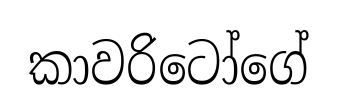
කාවරිටෝගේ